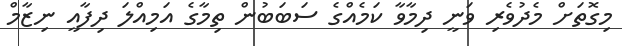
މިގޮތަށް މެދުވެރި ވަނީ ދިމާވާ ކަމެއްގެ ސަބަބުން ތިމާގެ އަމިއްލަ ދިފާއީ ނިޒާމް